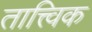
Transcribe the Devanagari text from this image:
तात्त्‍विक